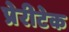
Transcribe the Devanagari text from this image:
प्रेरीटेक